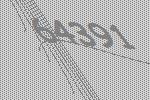
64391